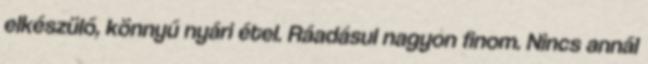
elkészülő, könnyű nyári étel. Ráadásul nagyon finom. Nincs annál